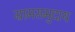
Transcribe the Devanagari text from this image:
ग्रामसमुदाय